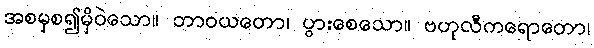
အစမှစ၍မှိဝဲသော။ ဘာဝယတော၊ ပွားစေသော။ ဗဟုလီကရောတော၊